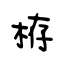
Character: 栫